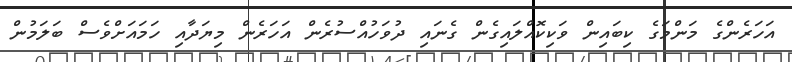
އަހަރެންގެ މަންމަގެ ކިބައިން ވަކިކޮއްލައިގެން ގެނައި ދުވަހުއްސުރެން އަހަރެން މިޔަދާއި ހަމައަށްވެސް ބަލަމުން